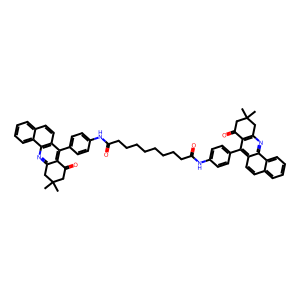
SMILES: CC1(C)CC(=O)c2c(nc3c(ccc4ccccc43)c2-c2ccc(NC(=O)CCCCCCCCC(=O)Nc3ccc(-c4c5c(nc6c4ccc4ccccc46)CC(C)(C)CC5=O)cc3)cc2)C1
Inhibits HIV replication: No